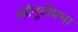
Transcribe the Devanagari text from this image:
कौमुदीप्रभा